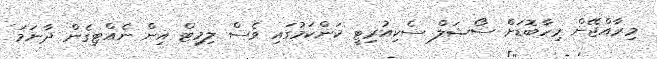
މިރާއްޖޭން މިހާބޮޑަށް ސޯޝަލް ސެކިއުރިޓީ ކަންކަމުގައި ވެސް ލިމިޓް އިން ނެއްޓިގެން ދާނަމަ